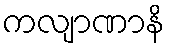
ကလျာဏာနိ